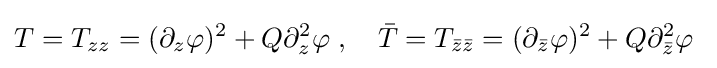
T=T_{zz}=(\partial _{z}\varphi )^{2}+Q\partial _{z}^{2}\varphi \;,\quad {\bar {T}}=T_{{\bar {z}}{\bar {z}}}=(\partial _{\bar {z}}\varphi )^{2}+Q\partial _{\bar {z}}^{2}\varphi \